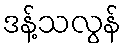
ဒန့်သလွန်